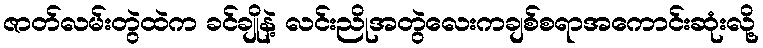
ဇာတ်လမ်းတွဲထဲက ခင်ချိုနဲ့ လင်းညိုအတွဲလေးကချစ်စရာအကောင်းဆုံးလို့